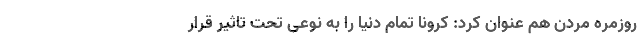
روزمره مردن هم عنوان کرد: کرونا تمام دنیا را به نوعی تحت تاثیر قرار